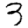
Digit: 3